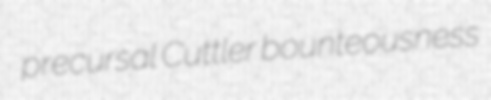
precursal Cuttler bounteousness